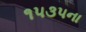
૧૫૩૫ના